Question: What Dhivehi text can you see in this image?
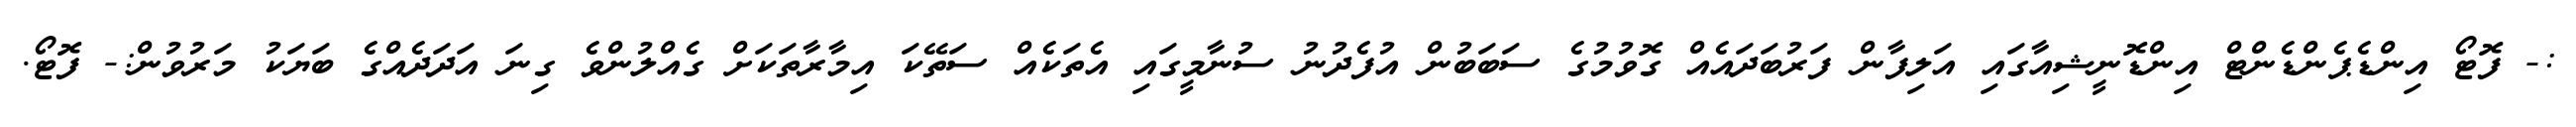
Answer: :- ފޮޓޯ އިންޑެޕެންޑެންޓް އިންޑޮނީޝިއާގައި އަލިފާން ފަރުބަދައެއް ގޮވުމުގެ ސަބަބުން އުފެދުނު ސުނާމީގައި އެތަކެއް ސަތޭކަ އިމާރާތަކަށް ގެއްލުންވެ ގިނަ އަދަދެއްގެ ބަޔަކު މަރުވުން:- ފޮޓޯ.